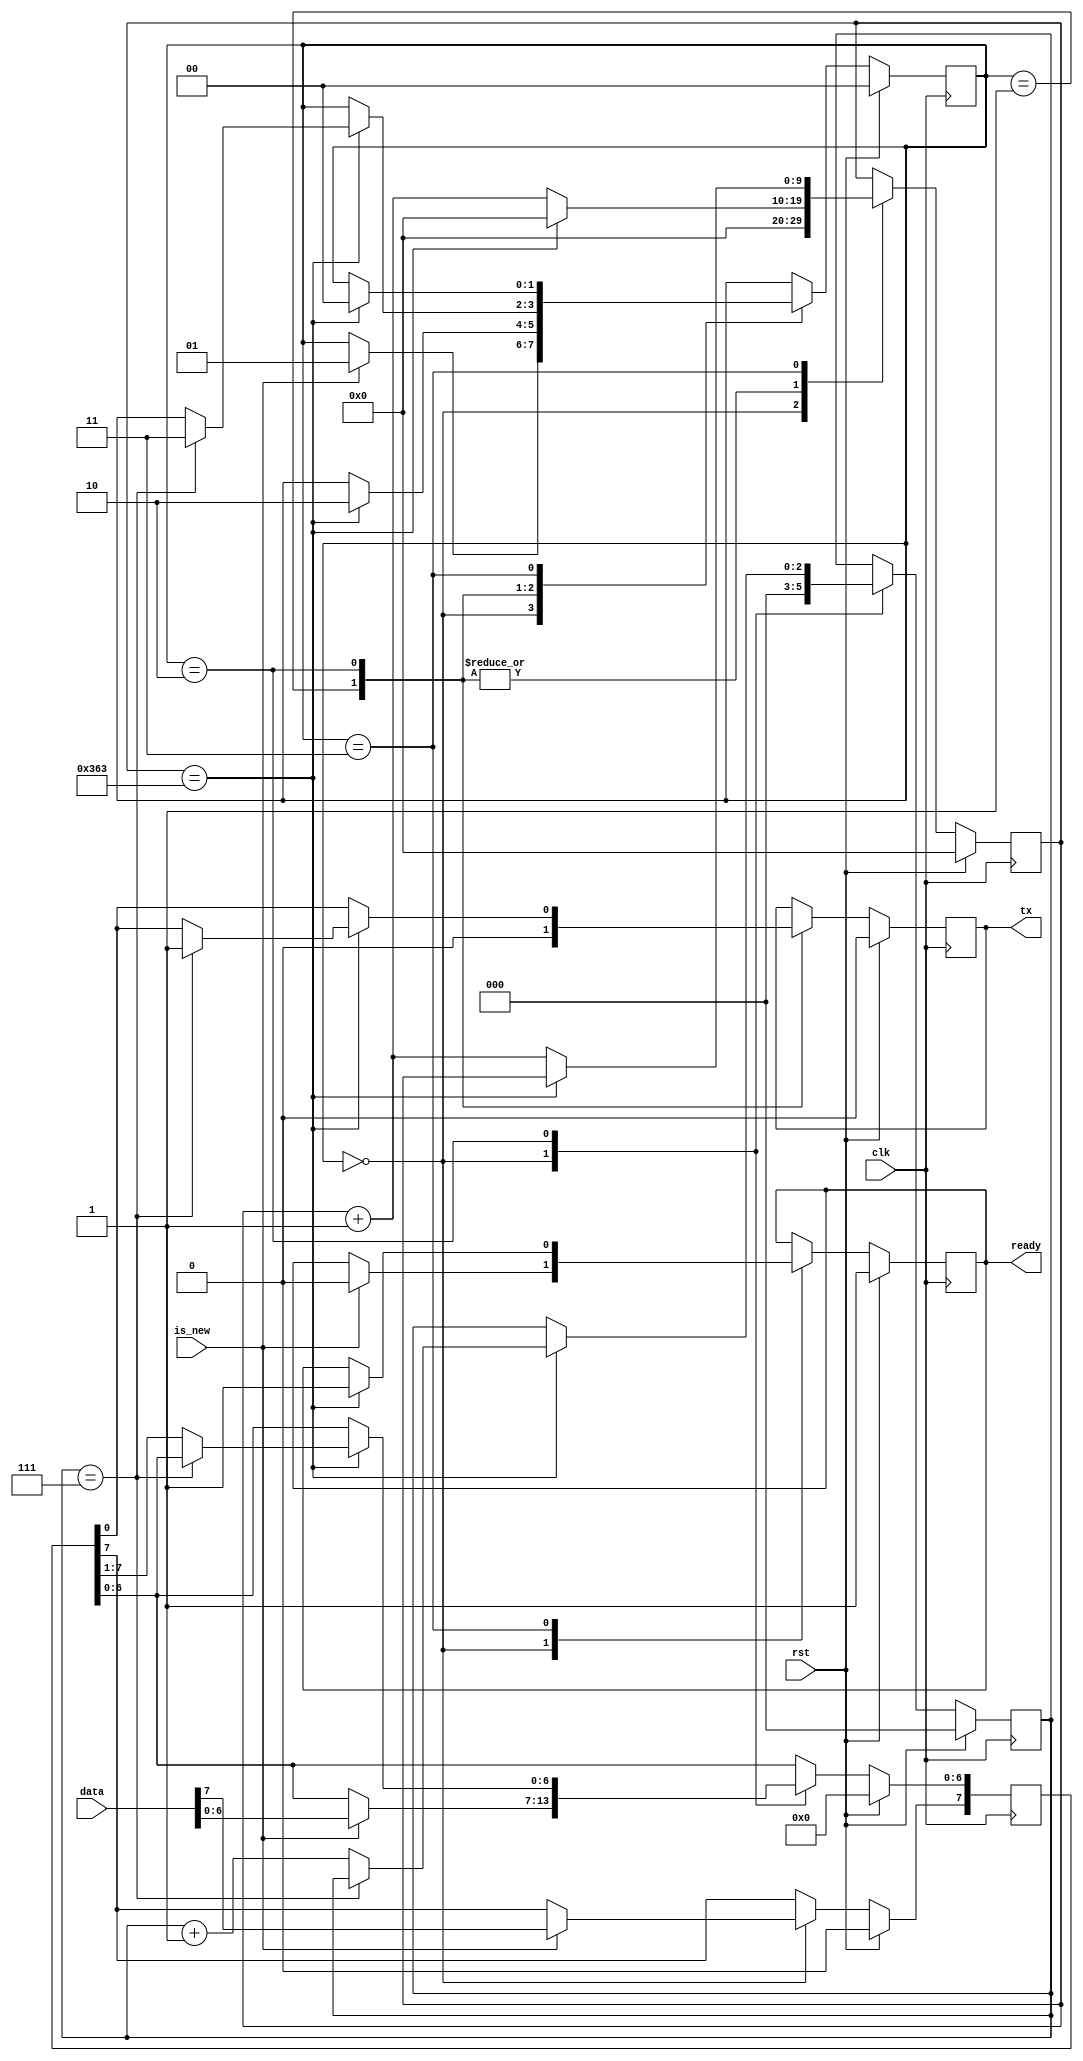
module UART_Transmitter
#(
    parameter CLK_FREQ = 100_000_000,
    parameter BAUD_RATE = 115_200
)(
    input clk, rst,
    input[7:0] data,
    input is_new,         //Indicates input data is new
    output reg tx,        //Transmitted UART signal
    output reg ready      //UART module is ready to take new data
);
    localparam TIMER_LIMIT = CLK_FREQ/BAUD_RATE;                        //Number of clock cycles that module has to wait
    localparam TIMER_REG_LENGTH = $rtoi($ceil($clog2(TIMER_LIMIT)));    //Register length that will be hold timer value

    //States
    localparam IDLE = 0;
    localparam START = 1;
    localparam TRANSMISSION = 2;
    localparam STOP = 3;
    
    //Registers
    reg[1:0] state;                     //State of the UART
    reg[TIMER_REG_LENGTH-1:0] timer;    //Timer value that is used to meet baud rate
    reg[2:0] bit_counter;               //Holds transmitted bit count
    reg[7:0] data_reg;                  //Holds data
    
    //UART state transition
    always @(posedge clk) begin
        if(rst) begin
            tx <= 1'b0;
            ready <= 1'b1;
            state <= 2'b0;
            timer <= {TIMER_REG_LENGTH{1'b0}};
            bit_counter <= 3'b0;
            data_reg <= 8'b0;
        end else begin
            case(state)
                IDLE: begin
                    //initialize bit_counter and timer
                    bit_counter <= 3'b0;
                    timer <= {TIMER_REG_LENGTH{1'b0}};
                    
                    //Start transfer if input signal is 1
                    if(is_new == 1'b1) begin
                        data_reg <= data;
                        ready <= 1'b0;
                        state <= START;
                    end
                end
                START: begin
                    tx <= 1'b0;
                    
                    //Transmit start signal until TIMER_LIMIT reached
                    if(timer == TIMER_LIMIT-1) begin
                        timer <= {TIMER_REG_LENGTH{1'b0}};
                        state <= TRANSMISSION;
                    end else begin
                        //Increment timer
                        timer <= timer + 1;
                    end
                end
                TRANSMISSION: begin
                    tx <= data_reg[0];
                
                    //Transmit data until TIMER_LIMIT reached
                    if(timer == TIMER_LIMIT-1) begin
                        timer <= {TIMER_REG_LENGTH{1'b0}};
                        
                        if(bit_counter == 7) begin
                            tx <= 1'b1;
                            state <= STOP;
                        end else begin
                            data_reg[6:0] <= data_reg[7:1];
                            bit_counter <= bit_counter + 1;
                        end
                    end else begin
                        //Increment timer
                        timer <= timer + 1;
                    end
                end
                STOP: begin
                    if(timer == TIMER_LIMIT-1) begin
                        //When stop bit is came go back to IDLE state
                        ready <= 1'b1;
                        state <= IDLE;
                    end else begin
                        //Increment timer
                        timer <= timer + 1;
                    end
                end
            endcase
        end
    end
    
endmodule